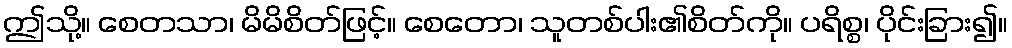
ဤသို့။ စေတသာ၊ မိမိစိတ်ဖြင့်။ စေတော၊ သူတစ်ပါး၏စိတ်ကို။ ပရိစ္စ၊ ပိုင်းခြား၍။